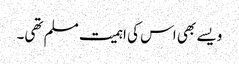
ویسے بھی اس کی اہمیت مسلم تھی۔